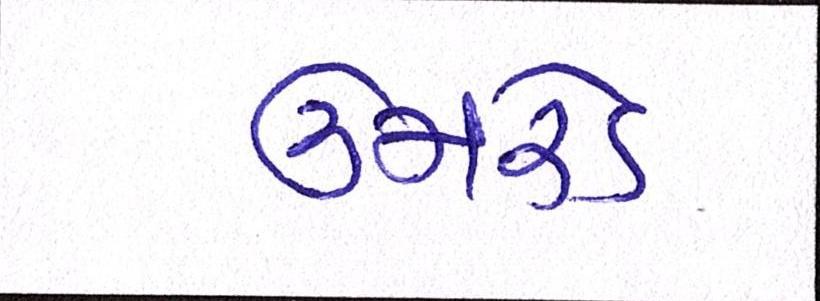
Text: ઉમરેડ